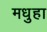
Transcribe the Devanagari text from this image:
मधुहा